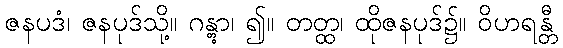
ဇနပဒံ၊ ဇနပုဒ်သို့။ ဂန္တွာ၊ ၍။ တတ္ထ၊ ထိုဇနပုဒ်၌။ ဝိဟရန္တီ